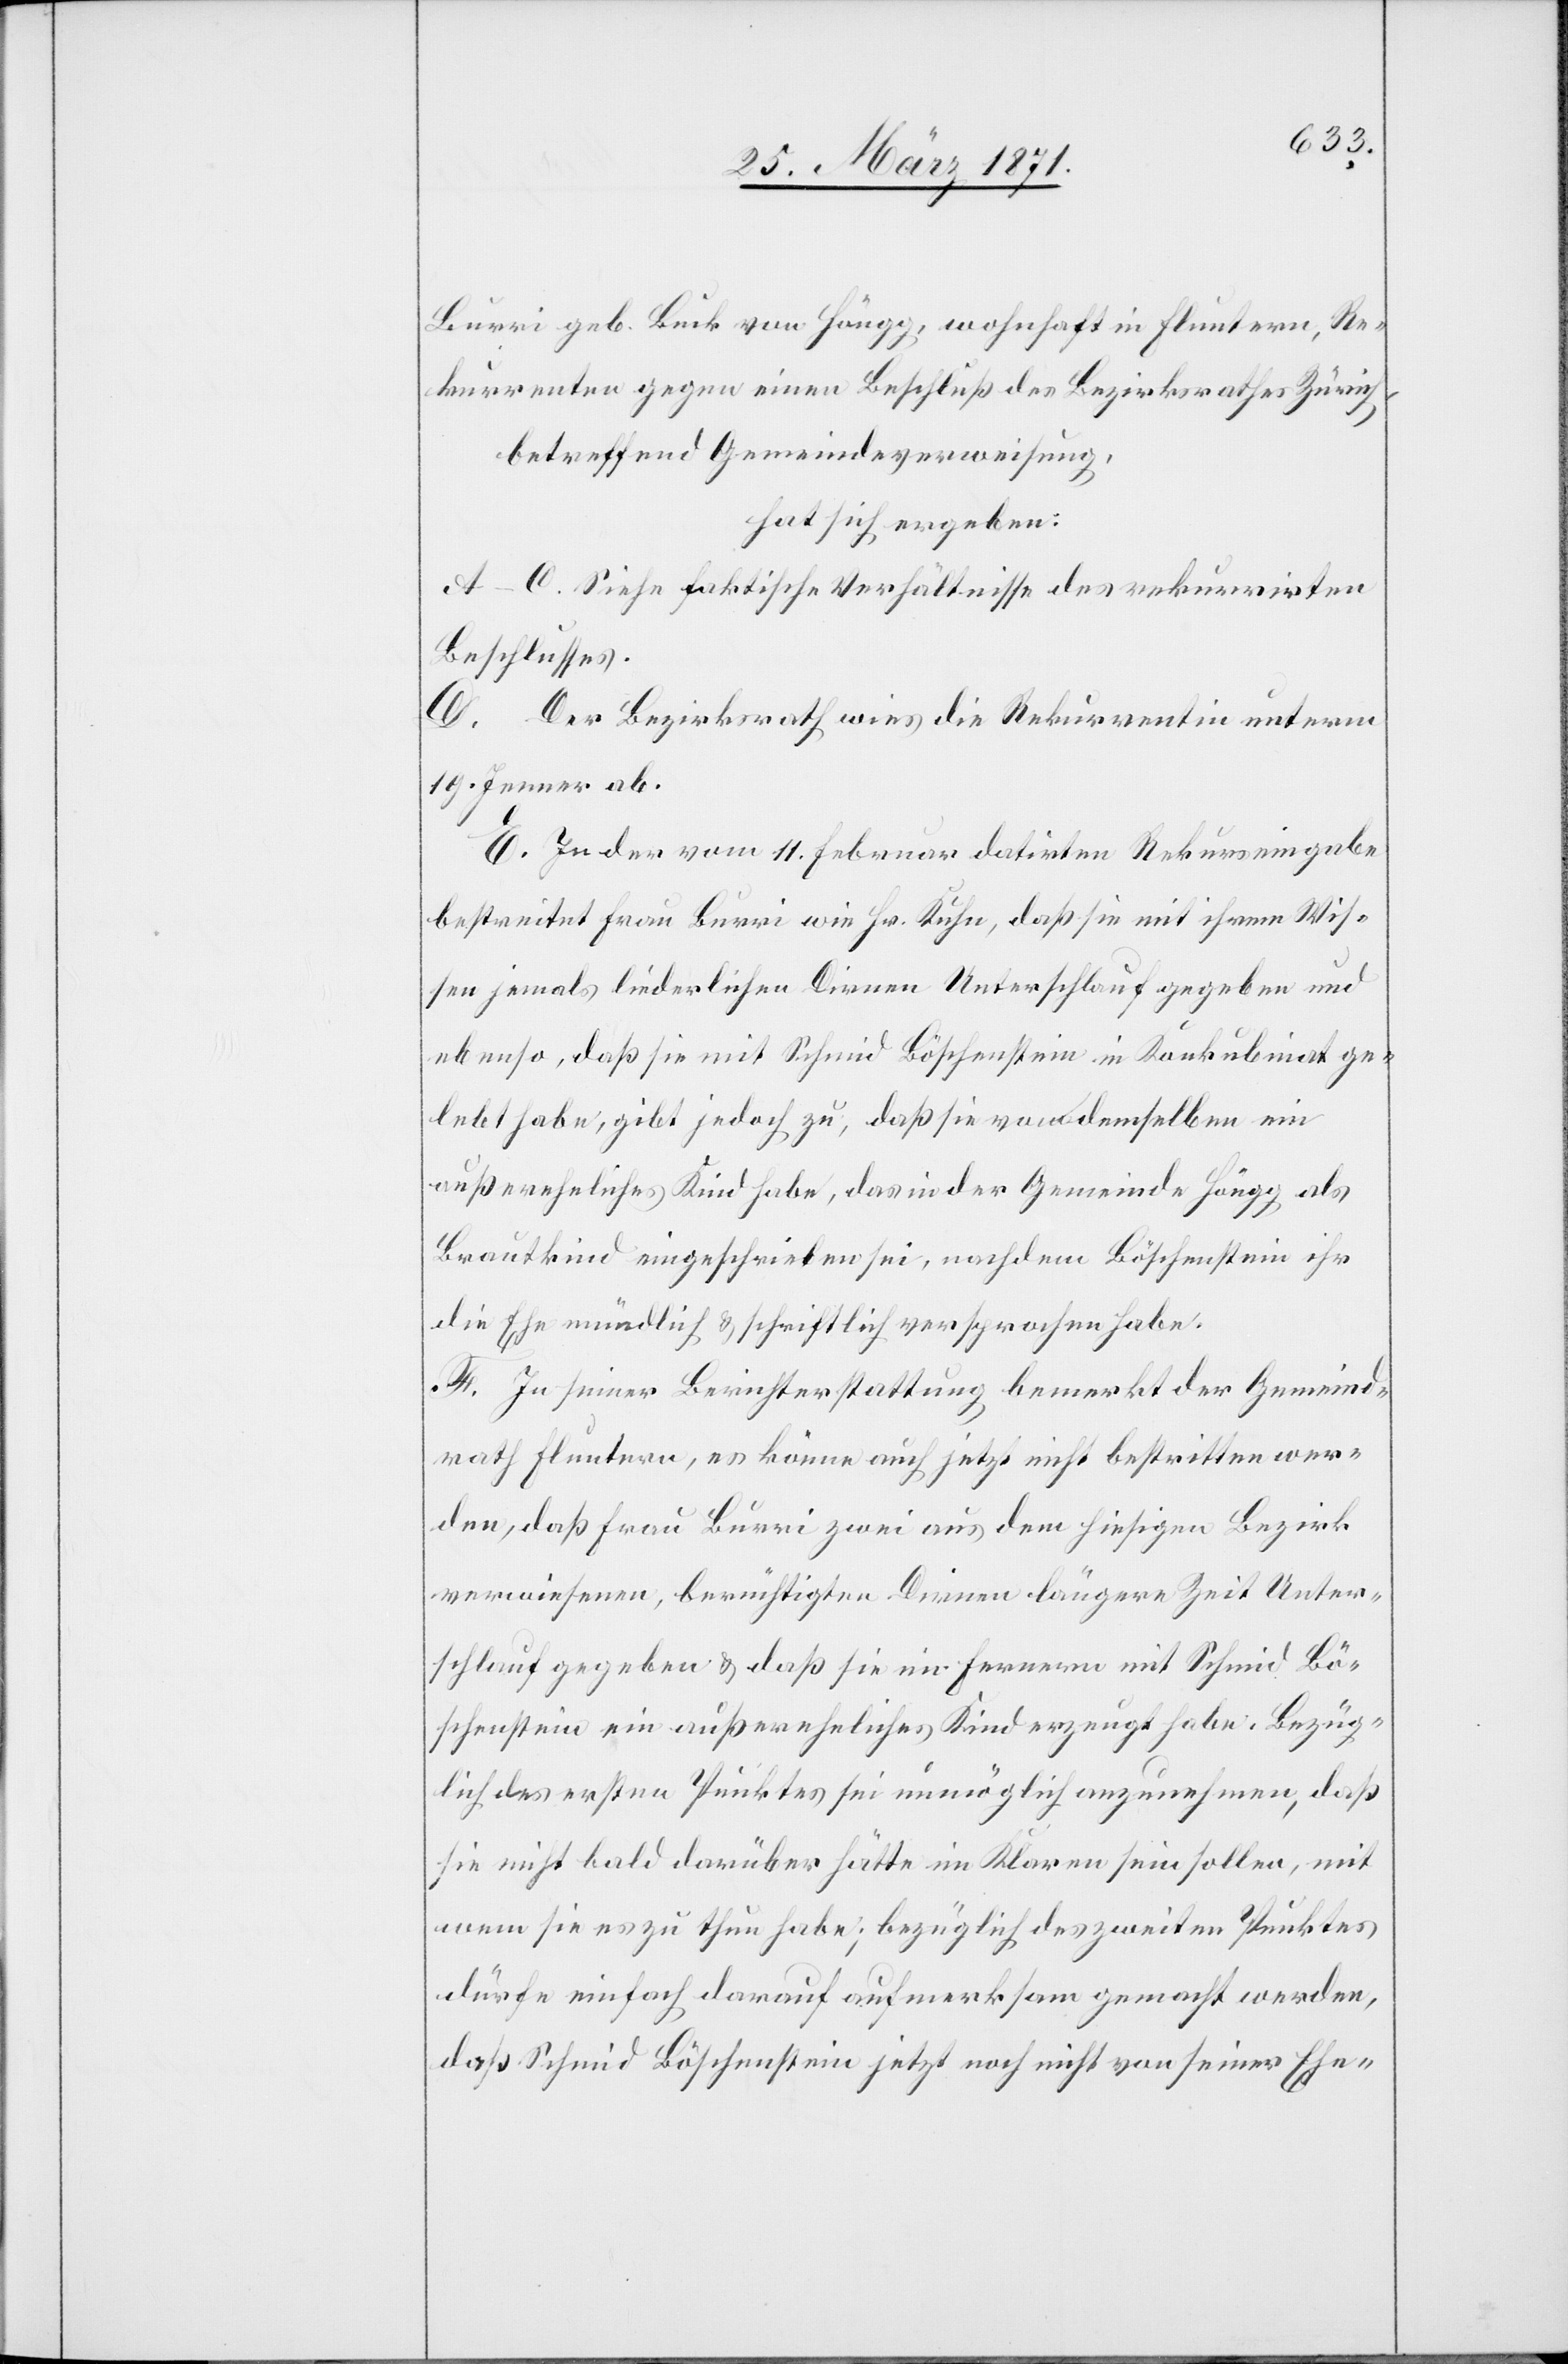
Burri geb. Buck von Höngg, wohnhaft in Fluntern, Re¬
kurrenten gegen einen Beschluß des Bezirksrathes Zürich,
betreffend Gemeindeverweisung,
hat sich ergeben:
A–C. Siehe faktische Verhältnisse des rekurrirten
Beschlusses.
D. Der Bezirksrath wies die Rekurrentin unterm
19. Jenner ab.
E. In der vom 11. Februar datirten Rekurseingabe
bestreitet Frau Burri wie Hr. Kuhn, daß sie mit ihrem Wis¬
sen jemals liederlichen Dirnen Unterschlauf gegeben und
ebenso, daß sie mit Schmid Böschenstein in Konkubinat ge¬
lebt habe, gibt jedoch zu, daß sie von demselben ein
außereheliches Kind habe, das in der Gemeinde Höngg als
Brautkind eingeschrieben sei, nachdem Böschenstein ihr
die Ehe mündlich u. schriftlich versprochen habe.
F. In seiner Berichterstattung bemerkt der Gemeind¬
rath Fluntern, es könne auch jetzt nicht bestritten wer¬
den, daß Frau Burri zwei aus dem hiesigen Bezirk
verwiesenen, berüchtigten Dirnen längere Zeit Unter¬
schlauf gegeben u. daß sie im Fernern mit Schmid Bö¬
schenstein ein außereheliches Kind erzeugt habe. Bezüg¬
lich des ersten Punktes sei unmöglich anzunehmen, daß
sie nicht bald darüber hätte im Klaren sein sollen, mit
wem sie es zu thun habe; bezüglich des zweiten Punktes
dürfe einfach darauf aufmerksam gemacht werden,
daß Schmid Böschenstein jetzt noch nicht von seiner Ehe-